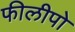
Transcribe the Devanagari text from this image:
फीलीपो